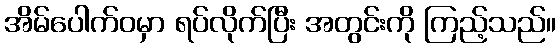
အိမ်ပေါက်ဝမှာ ရပ်လိုက်ပြီး အတွင်းကို ကြည့်သည်။